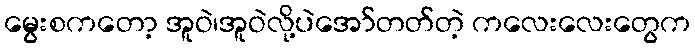
မွေးစကတော့ အူဝဲ၊အူဝဲလို့ပဲအော်တတ်တဲ့ ကလေးလေးတွေက